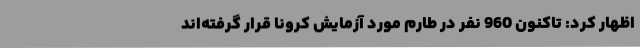
اظهار کرد: تاکنون 960 نفر در طارم مورد آزمایش کرونا قرار گرفته‌اند